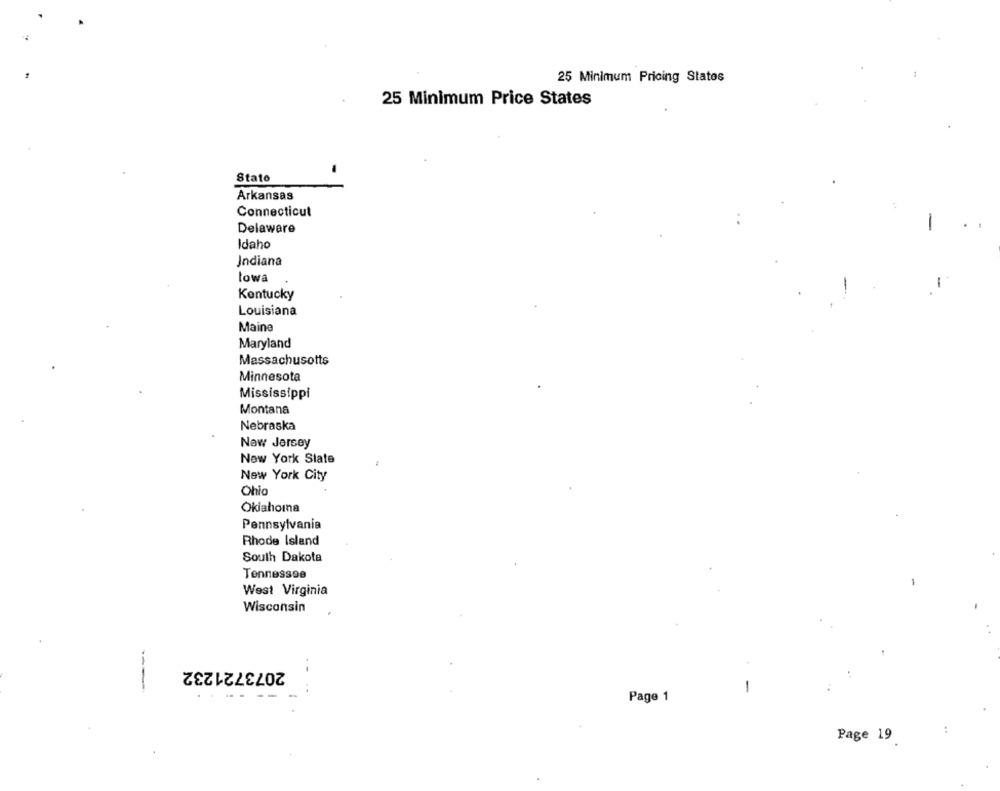
25 Minimum Pricing States
25 Minimum Price States
Stato
Arkansas
Connecticut
Delaware
Idaho
Jndiana
lowa
Kentucky
Louisiana
Maine
Maryland
Massachusetts
Minnesota
Mississippi
Montana
Nebraska
Naw Jersey
New York State
New York City
Ohio
Oklahoma
Pennsylvania
Rhode Island
South Dakota
Tennessee
West Virginia
Wisconsin
2073721232
-
Page 1
:
Page 19